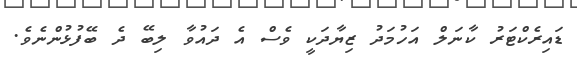
ޑައިރެކްޓަރު ކާނަލް އަހުމަދު ޒިޔާދަކީ ވެސް އެ ދައުވާ ލިބޭ ދެ ބޭފުޅުންނެވެ.